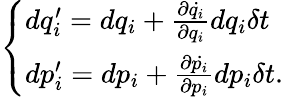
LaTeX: \left\{ \begin{array}{ll}{dq_{i}^{\prime}=dq_{i}+{\frac{\partial{\dot{q_{i}}}}{\partial q_{i}}}dq_{i}\delta t}\\ {dp_{i}^{\prime}=dp_{i}+{\frac{\partial{\dot{p_{i}}}}{\partial p_{i}}}dp_{i}\delta t.}\end{array}\right.